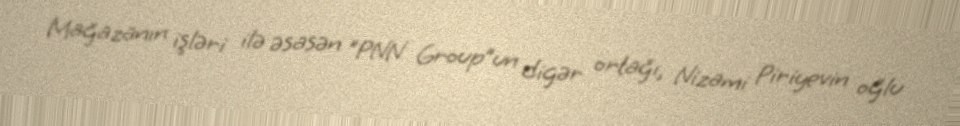
Mağazanın işləri ilə əsasən "PNN Group”un digər ortağı, Nizami Piriyevin oğlu